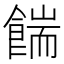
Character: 𩜵